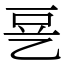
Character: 㐙